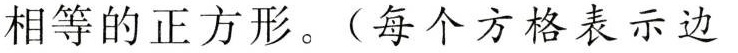
相等的正方形。(每个方格表示边